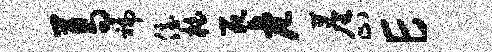
葛褊侄柏死危尘止E